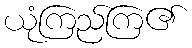
ယုံကြည်ကြ၏